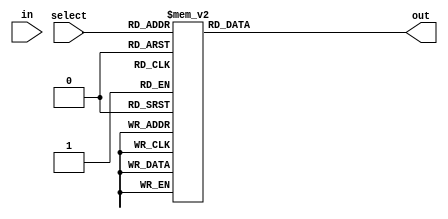
module demultiplexer_1to16 (
    input wire in,
    input wire [3:0] select,
    output reg [15:0] out
);

always @(*) begin
    case (select)
        4'd0: out = 16'b0000000000000001;
        4'd1: out = 16'b0000000000000010;
        4'd2: out = 16'b0000000000000100;
        4'd3: out = 16'b0000000000001000;
        4'd4: out = 16'b0000000000010000;
        4'd5: out = 16'b0000000000100000;
        4'd6: out = 16'b0000000001000000;
        4'd7: out = 16'b0000000010000000;
        4'd8: out = 16'b0000000100000000;
        4'd9: out = 16'b0000001000000000;
        4'd10: out = 16'b0000010000000000;
        4'd11: out = 16'b0000100000000000;
        4'd12: out = 16'b0001000000000000;
        4'd13: out = 16'b0010000000000000;
        4'd14: out = 16'b0100000000000000;
        4'd15: out = 16'b1000000000000000;
    endcase
end

endmodule